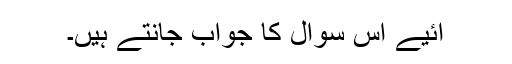
آئیے اس سوال کا جواب جانتے ہیں۔